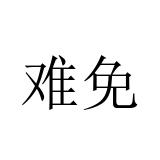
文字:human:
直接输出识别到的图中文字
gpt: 难免